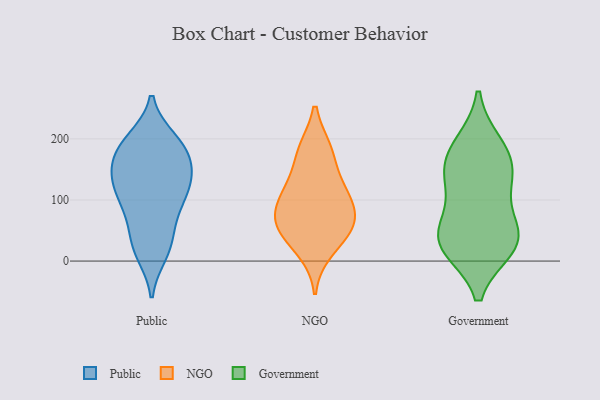
{"axis": {"x": "Net Income (USD K)", "y": "Value"}, "legend": ["Government", "NGO", "Public"], "data": [{"x": "", "y": 20, "type": "Public"}, {"x": "", "y": 102, "type": "Public"}, {"x": "", "y": 199, "type": "Public"}, {"x": "", "y": 126, "type": "Public"}, {"x": "", "y": 109, "type": "Public"}, {"x": "", "y": 148, "type": "Public"}, {"x": "", "y": 80, "type": "Public"}, {"x": "", "y": 45, "type": "Public"}, {"x": "", "y": 128, "type": "Public"}, {"x": "", "y": 152, "type": "Public"}, {"x": "", "y": 172, "type": "Public"}, {"x": "", "y": 144, "type": "Public"}, {"x": "", "y": 192, "type": "Public"}, {"x": "", "y": 71, "type": "Public"}, {"x": "", "y": 111, "type": "Public"}, {"x": "", "y": 190, "type": "Public"}, {"x": "", "y": 22, "type": "Public"}, {"x": "", "y": 197, "type": "Public"}, {"x": "", "y": 167, "type": "Public"}, {"x": "", "y": 12, "type": "Public"}, {"x": "", "y": 134, "type": "NGO"}, {"x": "", "y": 105, "type": "NGO"}, {"x": "", "y": 17, "type": "NGO"}, {"x": "", "y": 48, "type": "NGO"}, {"x": "", "y": 57, "type": "NGO"}, {"x": "", "y": 182, "type": "NGO"}, {"x": "", "y": 111, "type": "NGO"}, {"x": "", "y": 53, "type": "NGO"}, {"x": "", "y": 87, "type": "NGO"}, {"x": "", "y": 72, "type": "NGO"}, {"x": "", "y": 182, "type": "NGO"}, {"x": "", "y": 176, "type": "Government"}, {"x": "", "y": 31, "type": "Government"}, {"x": "", "y": 120, "type": "Government"}, {"x": "", "y": 132, "type": "Government"}, {"x": "", "y": 156, "type": "Government"}, {"x": "", "y": 189, "type": "Government"}, {"x": "", "y": 46, "type": "Government"}, {"x": "", "y": 28, "type": "Government"}, {"x": "", "y": 48, "type": "Government"}, {"x": "", "y": 24, "type": "Government"}]}